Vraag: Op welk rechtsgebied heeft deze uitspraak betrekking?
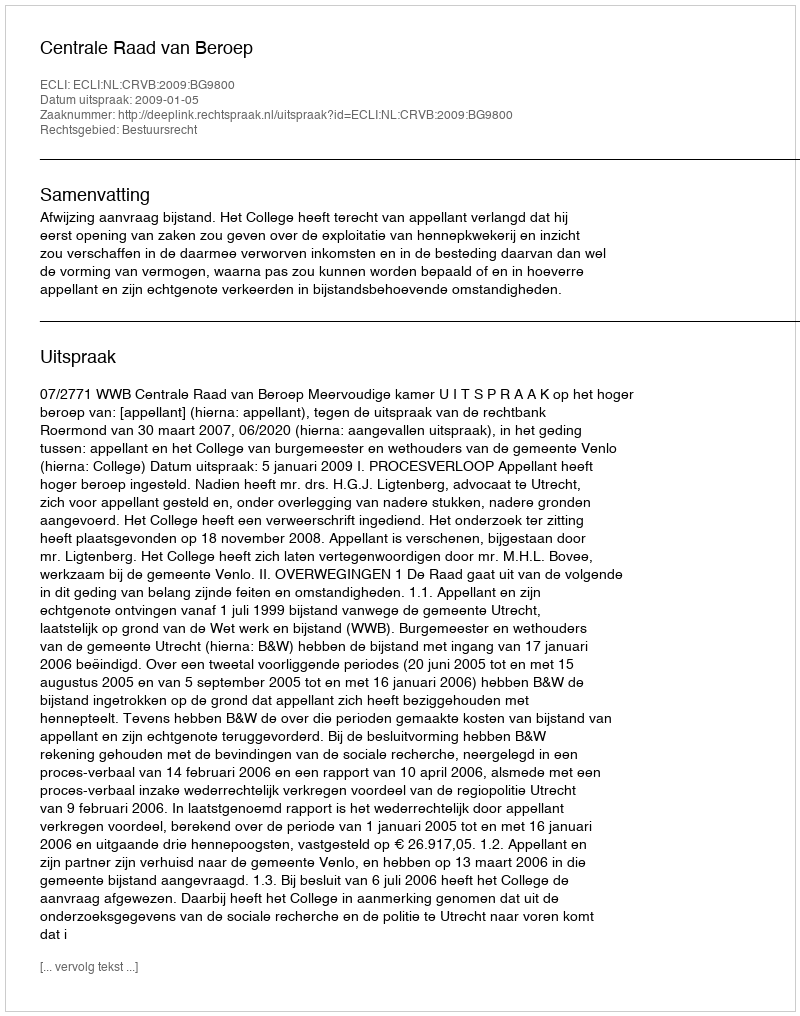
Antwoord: Bestuursrecht